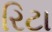
રિટા